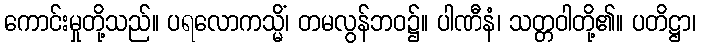
ကောင်းမှုတို့သည်။ ပရလောကသ္မိံ၊ တမလွန်ဘဝ၌။ ပါဏီနံ၊ သတ္တဝါတို့၏။ ပတိဋ္ဌာ၊